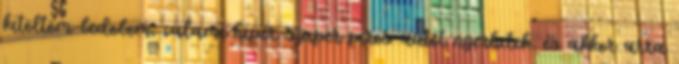
kitöltöm-bedobom, valami hiper-szuper piros autót nyerhetek, és akkor arra